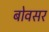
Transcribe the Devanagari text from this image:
बोवसर